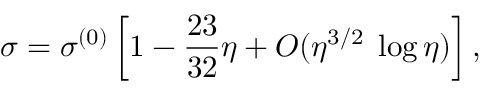
\sigma = \sigma ^ { ( 0 ) } \left[ 1 - \frac { 2 3 } { 3 2 } \eta + { \cal O } ( \eta ^ { 3 / 2 } \; \log \eta ) \right] ,